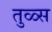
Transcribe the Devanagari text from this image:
तुळ्स